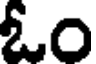
ఓం